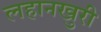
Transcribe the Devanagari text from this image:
लहानखुरी